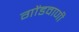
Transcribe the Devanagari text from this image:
गोंडवाणी